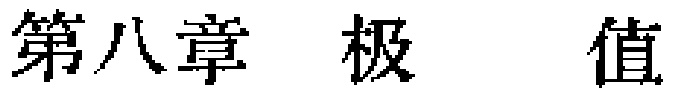
第八章  极  值